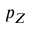
p _ { Z }